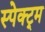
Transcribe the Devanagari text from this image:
स्पेक्ट्र्म